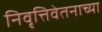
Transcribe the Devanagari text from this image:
निवृत्तिवेतनाच्या